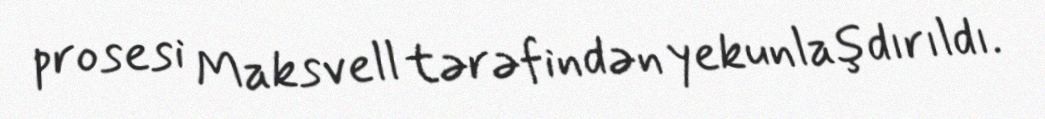
prosesi Maksvell tərəfindən yekunlaşdırıldı.